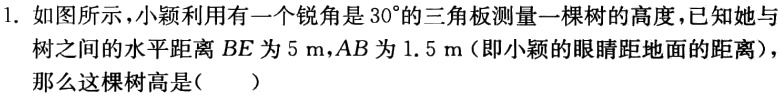
1. 如图所示，小颖利用有一个锐角是\(30^{\circ}\)的三角板测量一棵树的高度，已知她与

树之间的水平距离\(BE\)为\(5\ m\)，\(AB\)为\(1.5\ m\)（即小颖的眼睛距地面的距离），

那么这棵树高是（  ）